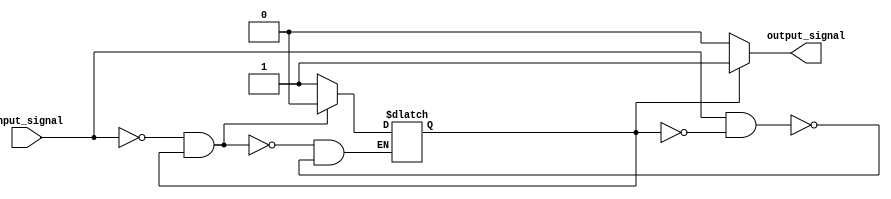
module schmitt_trigger_buffer (
    input wire input_signal,
    output reg output_signal
);

reg internal_signal;

always @ (input_signal)
begin
    if (input_signal == 1'b0 && internal_signal == 1'b1)
        internal_signal <= 1'b0;
    else if (input_signal == 1'b1 && internal_signal == 1'b0)
        internal_signal <= 1'b1;
end

always @ (internal_signal)
begin
    if (internal_signal == 1'b0)
        output_signal <= 1'b0;
    else
        output_signal <= 1'b1;
end

endmodule